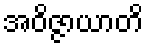
အဝိဇ္ဇာယာတိ